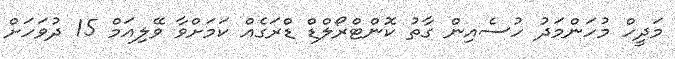
މަދީހް މުހަންމަދު ހުސެއިން ގާތު ކޮންޓްރޯލްޑް ޑްރަގެއް ކަމަށްވާ ވޭލިއަމް 15 ދުވަހަށް